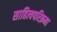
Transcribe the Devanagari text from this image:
साहित्यपरिक्रमा